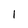
Character: 1